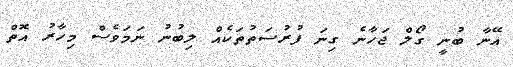
އޭނާ ބުނީ ގޯލް ޖަހާނެ ގިނަ ފުރުސަތުތަކެއް ލިބުނު ނަމަވެސް މިހާރު އޮތް